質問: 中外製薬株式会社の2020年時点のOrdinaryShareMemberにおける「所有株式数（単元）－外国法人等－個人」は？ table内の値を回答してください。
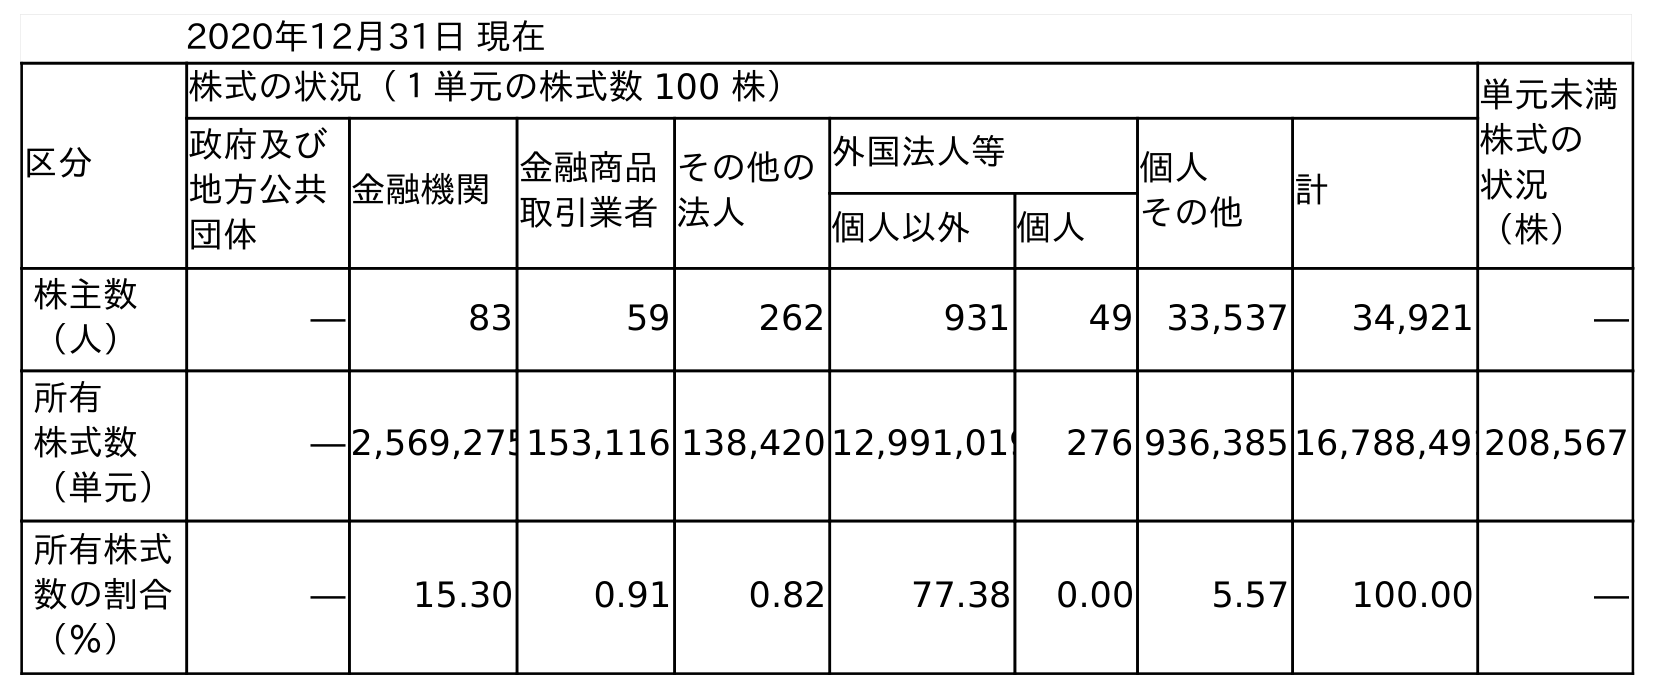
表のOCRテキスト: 2020年12月31日 現在 区分 株式の状況（１単元の株式数 100 株） 単元未満 株式の 状況 （株） 政府及び 地方公共 団体 金融機関金融商品 取引業者 その他の 法人 外国法人等 個人 その他 計 個人以外 個人 株主数 （人） ― 83 59 262 931 49 33,537 34,921 ― 所有 株式数 （単元） ― 2,569,275153,116 138,420 12,991,019 276 936,385 16,788,491208,567 所有株式 数の割合 （％） ― 15.30 0.91 0.82 77.38 0.00 5.57 100.00 ―
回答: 276